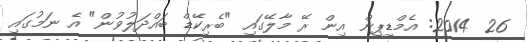
26 2014: އެމްޑީޕީން އިން ރޭ މާލޭގައި "ބެރިކޭޑް ބައްދަލުވުން" އެ ނަމުގައި